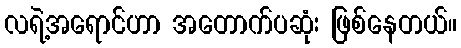
လရဲ့အရောင်ဟာ အတောက်ပဆုံး ဖြစ်နေတယ်။